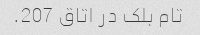
تام بلک در اتاق 207.